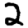
Digit: 2